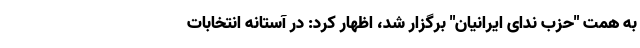
به همت "حزب ندای ایرانیان" برگزار شد، اظهار کرد: در آستانه انتخابات